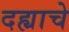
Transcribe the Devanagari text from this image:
दह्याचे